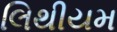
લિથીયમ